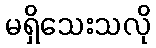
မရှိသေးသလို